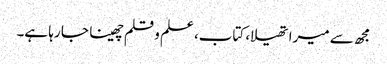
مجھ سے میرا تھیلا، کتاب، علم و قلم چھینا جا رہا ہے۔